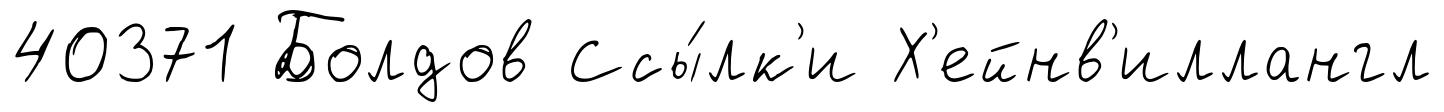
40371 Болдов Ссы́лк'и Х'ейнв'иллангл